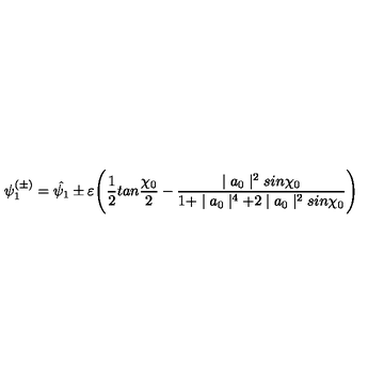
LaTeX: \psi _ { 1 } ^ { ( \pm ) } = \hat { \psi _ { 1 } } \pm \varepsilon \Biggl ( \frac { 1 } { 2 } t a n \frac { \chi _ { 0 } } { 2 } - \frac { \mid a _ { 0 } \mid ^ { 2 } s i n \chi _ { 0 } } { 1 + \mid a _ { 0 } \mid ^ { 4 } + 2 \mid a _ { 0 } \mid ^ { 2 } s i n \chi _ { 0 } } \Biggr )